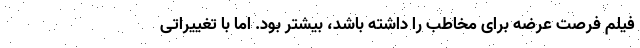
فیلم فرصت عرضه برای مخاطب را داشته باشد، بیشتر بود. اما با تغییراتی